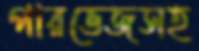
পারভেজসহ